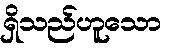
ရှိသည်ဟူသော